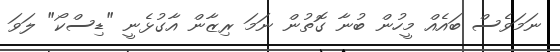
ނަމަވެސް ބައެއް މީހުން ބުނާ ގޮތުން ނަމަ ރިޒާން އާގުޅެނީ "ޑިސްކޯ" ލަވަ